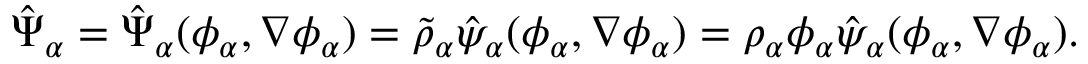
\begin{array} { r } { \hat { \Psi } _ { \alpha } = \hat { \Psi } _ { \alpha } ( \phi _ { \alpha } , \nabla \phi _ { \alpha } ) = \tilde { \rho } _ { \alpha } \hat { \psi } _ { \alpha } ( \phi _ { \alpha } , \nabla \phi _ { \alpha } ) = \rho _ { \alpha } \phi _ { \alpha } \hat { \psi } _ { \alpha } ( \phi _ { \alpha } , \nabla \phi _ { \alpha } ) . } \end{array}